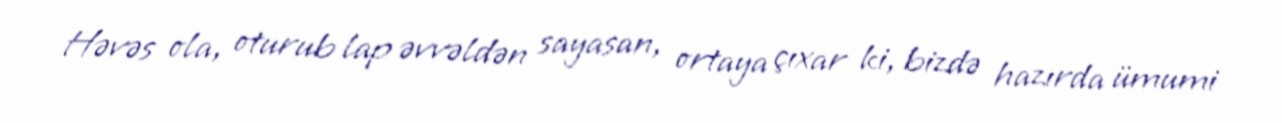
Həvəs ola, oturub lap əvvəldən sayasan, ortaya çıxar ki, bizdə hazırda ümumi